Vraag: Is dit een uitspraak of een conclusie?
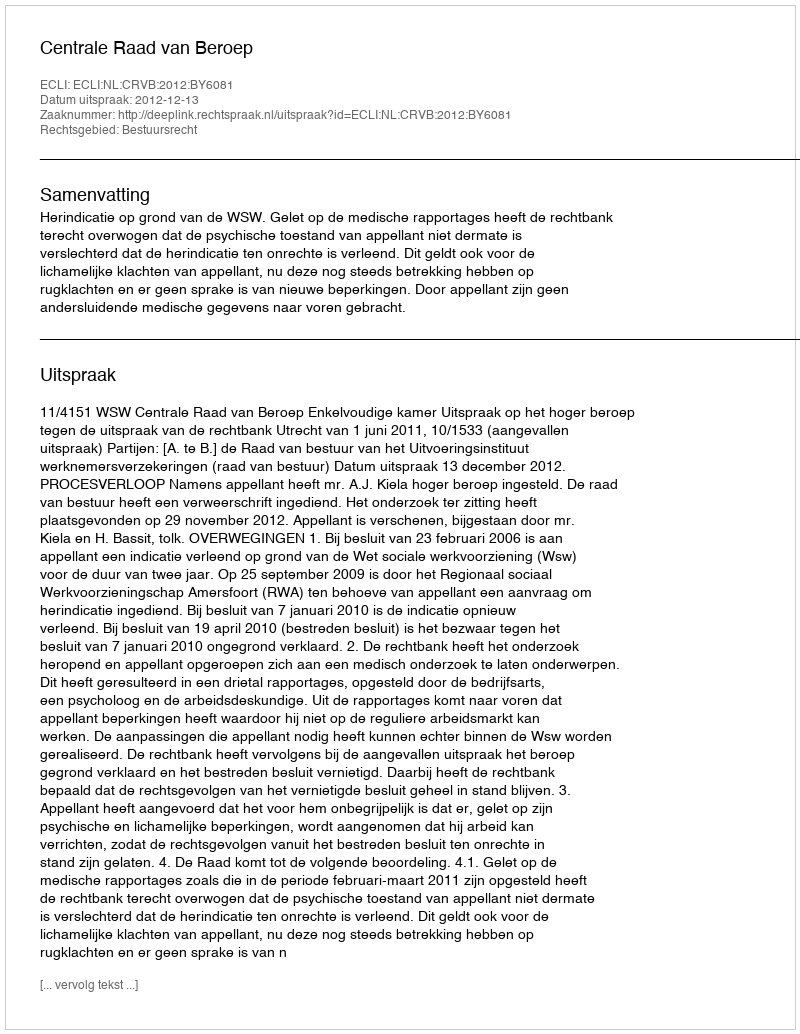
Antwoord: Uitspraak